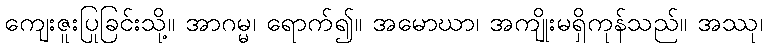
ကျေးဇူးပြုခြင်းသို့။ အာဂမ္မ၊ ရောက်၍။ အမောဃာ၊ အကျိုးမရှိကုန်သည်။ အဿု၊